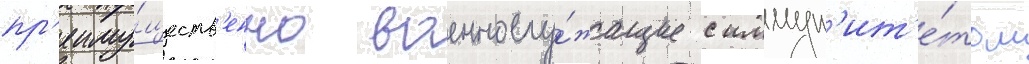
пр'еиму́ществ'енно военнослу́жащие с иммун'ит'е́том